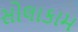
સોલાકામ